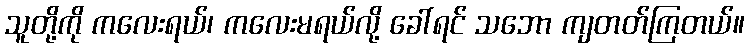
သူတို့ကို ကလေးရယ်၊ ကလေးမရယ်လို့ ခေါ်ရင် သဘော ကျတတ်ကြတယ်။